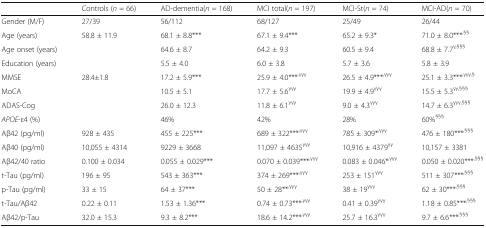
<table><thead><tr><td></td><td><b>Controls (<i>n</i> = 66)</b></td><td><b>AD-dementia(<i>n</i> = 168)</b></td><td><b>MCI total(<i>n</i> = 197)</b></td><td><b>MCI-St(<i>n</i> = 74)</b></td><td><b>MCI-AD(<i>n</i> = 70)</b></td></tr></thead><tbody><tr><td>Gender (M/F)</td><td>27/39</td><td>56/112</td><td>68/127</td><td>25/49</td><td>26/44</td></tr><tr><td>Age (years)</td><td>58.8 ± 11.9</td><td>68.1 ± 8.8***</td><td>67.1 ± 9.4***</td><td>65.2 ± 9.3*</td><td>71.0 ± 8.0***<sup>,§§</sup></td></tr><tr><td>Age onset (years)</td><td></td><td>64.6 ± 8.7</td><td>64.2 ± 9.3</td><td>60.5 ± 9.4</td><td>68.8 ± 7.7<sup>γ,§§§</sup></td></tr><tr><td>Education (years)</td><td></td><td>5.5 ± 4.0</td><td>6.0 ± 3.8</td><td>5.7 ± 3.6</td><td>5.8 ± 3.9</td></tr><tr><td>MMSE</td><td>28.4±1.8</td><td>17.2 ± 5.9***</td><td>25.9 ± 4.0***<sup>,γγγ</sup></td><td>26.5 ± 4.9***<sup>,γγγ</sup></td><td>25.1 ± 3.3***<sup>,γγγ,§</sup></td></tr><tr><td>MoCA</td><td></td><td>10.5 ± 5.1</td><td>17.7 ± 5.6<sup>γγγ</sup></td><td>19.9 ± 4.9<sup>γγγ</sup></td><td>15.5 ± 5.3<sup>γγ,§§§</sup></td></tr><tr><td>ADAS-Cog</td><td></td><td>26.0 ± 12.3</td><td>11.8 ± 6.1<sup>γγγ</sup></td><td>9.0 ± 4.3<sup>γγγ</sup></td><td>14.7 ± 6.3<sup>γγγ,§§§</sup></td></tr><tr><td><i>APOE</i>-ε4 (%)</td><td></td><td>46%</td><td>42%</td><td>28%</td><td>60%<sup>§§§</sup></td></tr><tr><td>Aβ42 (pg/ml)</td><td>928 ± 435</td><td>455 ± 225***</td><td>689 ± 322***<sup>,γγγ</sup></td><td>785 ± 309*<sup>,γγγ</sup></td><td>476 ± 180***<sup>,§§§</sup></td></tr><tr><td>Aβ40 (pg/ml)</td><td>10,055 ± 4314</td><td>9229 ± 3668</td><td>11,097 ± 4635<sup>γγγ</sup></td><td>10,916 ± 4379<sup>γγ</sup></td><td>10,157 ± 3381</td></tr><tr><td>Aβ42/40 ratio</td><td>0.100 ± 0.034</td><td>0.055 ± 0.029***</td><td>0.070 ± 0.039***<sup>,γγγ</sup></td><td>0.083 ± 0.046*<sup>,γγγ</sup></td><td>0.050 ± 0.020***<sup>,§§§</sup></td></tr><tr><td>t-Tau (pg/ml)</td><td>196 ± 95</td><td>543 ± 363***</td><td>374 ± 269***<sup>,γγγ</sup></td><td>253 ± 151<sup>γγγ</sup></td><td>511 ± 307***<sup>,§§§</sup></td></tr><tr><td>p-Tau (pg/ml)</td><td>33 ± 15</td><td>64 ± 37***</td><td>50 ± 28**<sup>,γγγ</sup></td><td>38 ± 19<sup>γγγ</sup></td><td>62 ± 30***<sup>,§§§</sup></td></tr><tr><td>t-Tau/Aβ42</td><td>0.22 ± 0.11</td><td>1.53 ± 1.36***</td><td>0.74 ± 0.73***<sup>,γγγ</sup></td><td>0.41 ± 0.39<sup>γγγ</sup></td><td>1.18 ± 0.85***<sup>,§§§</sup></td></tr><tr><td>Aβ42/p-Tau</td><td>32.0 ± 15.3</td><td>9.3 ± 8.2***</td><td>18.6 ± 14.2***<sup>,γγγ</sup></td><td>25.7 ± 16.3<sup>γγγ</sup></td><td>9.7 ± 6.6***<sup>,§§§</sup></td></tr></tbody></table>